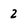
Character: 2